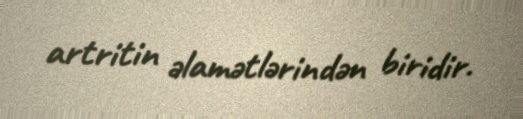
artritin əlamətlərindən biridir.